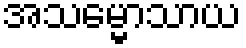
အသမ္မောသာယ